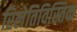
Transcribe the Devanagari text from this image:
रिलेतिविस्तिक